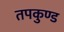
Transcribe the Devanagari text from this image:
तपकुण्ड